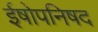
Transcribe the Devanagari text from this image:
ईषोपनिषद